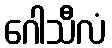
ဂေါသီလံ